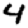
Digit: 4